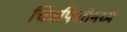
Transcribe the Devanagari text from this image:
चित्रफितीमध्ये